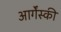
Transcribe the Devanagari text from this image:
आर्गेंस्की